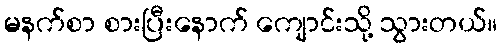
မနက်စာ စားပြီးနောက် ကျောင်းသို့ သွားတယ်။